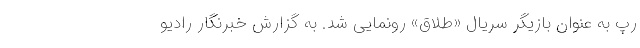
رپ به عنوان بازیگر سریال «طلاق» رونمایی شد. به گزارش خبرنگار رادیو